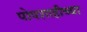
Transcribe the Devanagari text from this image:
पोपशाहीच्या